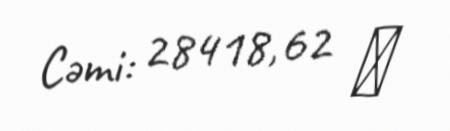
Cəmi: 28418,62 ₼